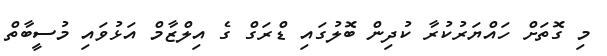
މި ގޮތަށް ހައްޔަރުކުރާ ކުދިން ބޮލުގައި ޑްރަގް ގެ އިލްޒާމް އަޅުވައި މުސީބާތް